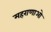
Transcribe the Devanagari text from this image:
महराणाओ